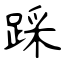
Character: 踩